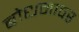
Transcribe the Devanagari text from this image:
बोधनावर